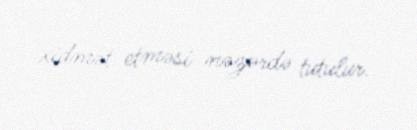
xidmət etməsi nəzərdə tutulur.